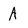
Character: A